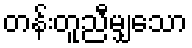
တန်းတူညီမျှသော